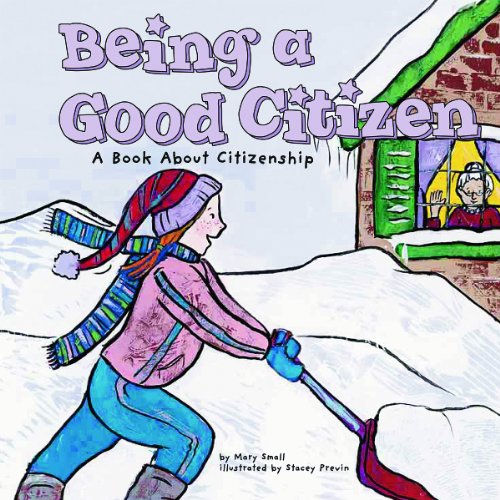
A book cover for Being a Good Citizen: A Book About Citizenship (Way to Be!); Mary Small; Children's Books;